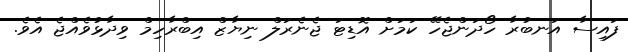
ފައިސާ އަނބުރާ ހޯދަންޖެހޭ ކަމަށް އޮޑިޓަ ޖެނެރަލް ނިޔާޒް އިބްރާހިމް ވިދާޅުވެއްޖެ އެވެ.